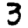
Digit: 3